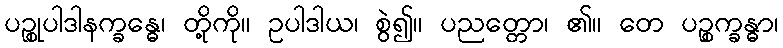
ပဉ္စုပါဒါနက္ခန္ဓေ၊ တို့ကို။ ဥပါဒါယ၊ စွဲ၍။ ပညတ္တော၊ ၏။ တေ ပဉ္စက္ခန္ဓာ၊